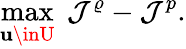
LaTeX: \operatorname*{max}_{\mathbf{u}\inU}\; \mathcal{{J}}^{\varrho}-\mathcal{{J}}^{p}.